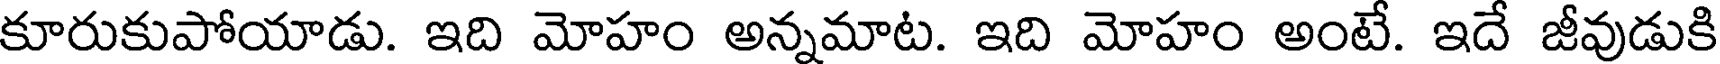
కూరుకుపోయాడు. ఇది మోహం అన్నమాట. ఇది మోహం అంటే. ఇదే జీవుడుకి